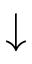
\downarrow